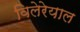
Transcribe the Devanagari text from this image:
विलेरेयाल